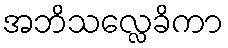
အဘိသလ္လေခိကာ